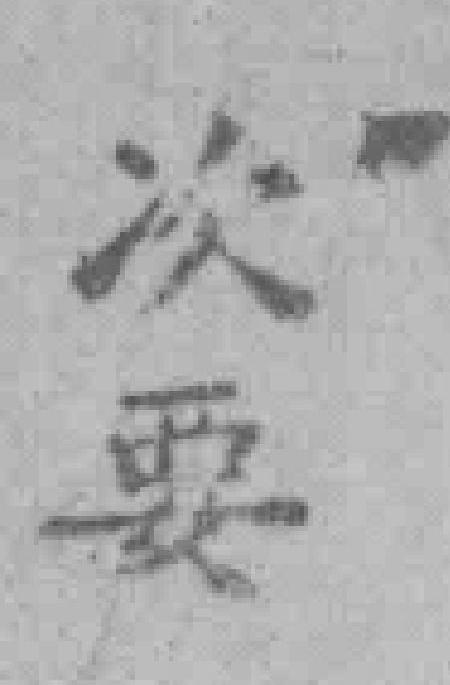
次要